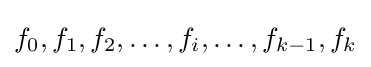
f_{0},f_{1},f_{2},\ldots ,f_{i},\ldots ,f_{k-1},f_{k}